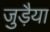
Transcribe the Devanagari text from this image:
जुड़ैया